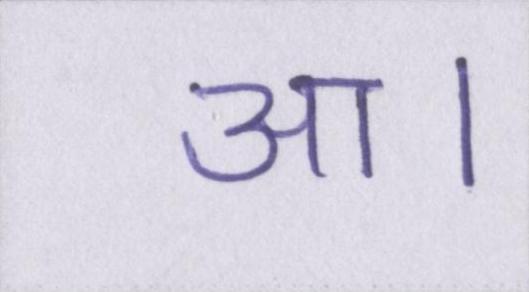
आ।